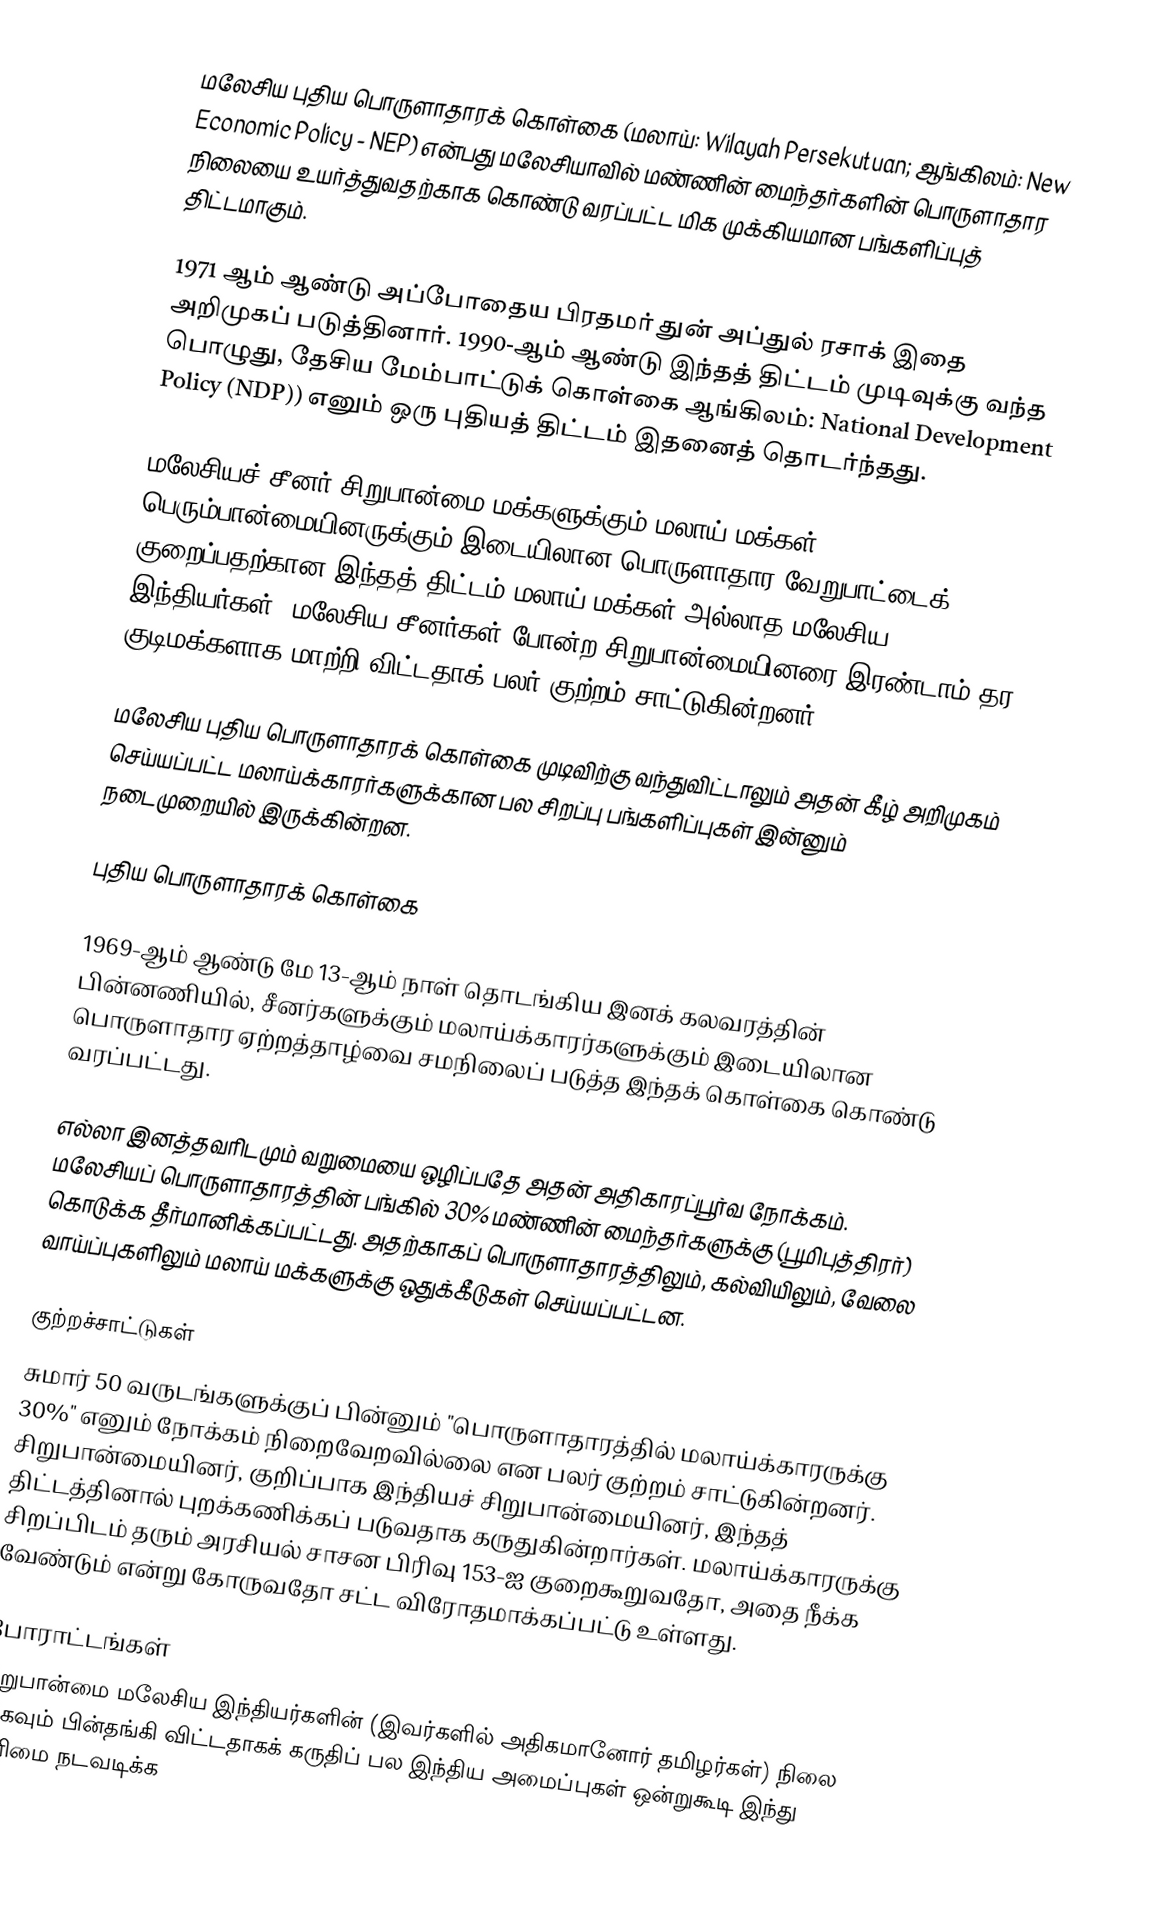
மலேசிய புதிய பொருளாதாரக் கொள்கை (மலாய்: Wilayah Persekutuan; ஆங்கிலம்: New Economic Policy - NEP) என்பது மலேசியாவில் மண்ணின் மைந்தர்களின் பொருளாதார நிலையை உயர்த்துவதற்காக கொண்டு வரப்பட்ட மிக முக்கியமான பங்களிப்புத் திட்டமாகும்.

1971 ஆம் ஆண்டு அப்போதைய பிரதமர் துன் அப்துல் ரசாக் இதை அறிமுகப் படுத்தினார். 1990-ஆம் ஆண்டு இந்தத் திட்டம் முடிவுக்கு வந்த பொழுது, தேசிய மேம்பாட்டுக் கொள்கை ஆங்கிலம்: National Development Policy (NDP)) எனும் ஒரு புதியத் திட்டம் இதனைத் தொடர்ந்தது.

மலேசியச் சீனர் சிறுபான்மை மக்களுக்கும் மலாய் மக்கள் பெரும்பான்மையினருக்கும் இடையிலான பொருளாதார வேறுபாட்டைக் குறைப்பதற்கான இந்தத் திட்டம் மலாய் மக்கள் அல்லாத மலேசிய இந்தியர்கள், மலேசிய சீனர்கள் போன்ற சிறுபான்மையினரை இரண்டாம் தர குடிமக்களாக மாற்றி விட்டதாக் பலர் குற்றம் சாட்டுகின்றனர்.

மலேசிய புதிய பொருளாதாரக் கொள்கை முடிவிற்கு வந்துவிட்டாலும் அதன் கீழ் அறிமுகம் செய்யப்பட்ட மலாய்க்காரர்களுக்கான பல சிறப்பு பங்களிப்புகள் இன்னும் நடைமுறையில் இருக்கின்றன.

புதிய பொருளாதாரக் கொள்கை

1969-ஆம் ஆண்டு மே 13-ஆம் நாள் தொடங்கிய இனக் கலவரத்தின் பின்னணியில், சீனர்களுக்கும் மலாய்க்காரர்களுக்கும் இடையிலான பொருளாதார ஏற்றத்தாழ்வை சமநிலைப் படுத்த இந்தக் கொள்கை கொண்டு வரப்பட்டது.

எல்லா இனத்தவரிடமும் வறுமையை ஒழிப்பதே அதன் அதிகாரப்பூர்வ நோக்கம். மலேசியப் பொருளாதாரத்தின் பங்கில் 30% மண்ணின் மைந்தர்களுக்கு (பூமிபுத்திரர்) கொடுக்க தீர்மானிக்கப்பட்டது. அதற்காகப் பொருளாதாரத்திலும், கல்வியிலும், வேலை வாய்ப்புகளிலும் மலாய் மக்களுக்கு ஒதுக்கீடுகள் செய்யப்பட்டன.

குற்றச்சாட்டுகள்
சுமார் 50 வருடங்களுக்குப் பின்னும் "பொருளாதாரத்தில் மலாய்க்காரருக்கு 30%" எனும் நோக்கம் நிறைவேறவில்லை என பலர் குற்றம் சாட்டுகின்றனர். சிறுபான்மையினர், குறிப்பாக இந்தியச் சிறுபான்மையினர், இந்தத் திட்டத்தினால் புறக்கணிக்கப் படுவதாக கருதுகின்றார்கள். மலாய்க்காரருக்கு சிறப்பிடம் தரும் அரசியல் சாசன பிரிவு 153-ஐ குறைகூறுவதோ, அதை நீக்க வேண்டும் என்று கோருவதோ சட்ட விரோதமாக்கப்பட்டு உள்ளது.

போராட்டங்கள்
சிறுபான்மை மலேசிய இந்தியர்களின் (இவர்களில் அதிகமானோர் தமிழர்கள்) நிலை மிகவும் பின்தங்கி விட்டதாகக் கருதிப் பல இந்திய அமைப்புகள் ஒன்றுகூடி இந்து உரிமை நடவடிக்க